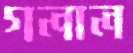
গলাল